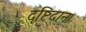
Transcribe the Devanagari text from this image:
दृष्टिदान।